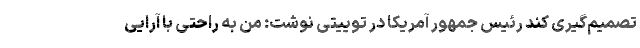
تصمیم‌گیری کند رئیس جمهور آمریکا در توییتی نوشت: من به راحتی با آرایی